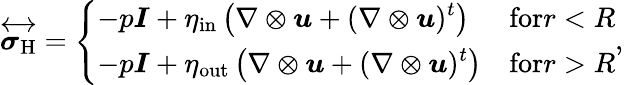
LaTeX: \overleftrightarrow{\boldsymbol{\sigma}_{\mathrm{H}}}=\left\{ \begin{array}{ll}{\displaystyle-p\boldsymbol{I}+\eta_{\mathrm{in}}\left(\nabla\otimes\boldsymbol{u}+(\nabla\otimes\boldsymbol{u})^{t}\right)}&{\textrm{for}r<R}\\ {\displaystyle-p\boldsymbol{I}+\eta_{\mathrm{out}}\left(\nabla\otimes\boldsymbol{u}+(\nabla\otimes\boldsymbol{u})^{t}\right)}&{\textrm{for}r>R}\end{array}\right.,